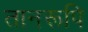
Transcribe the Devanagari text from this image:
तानरूपि